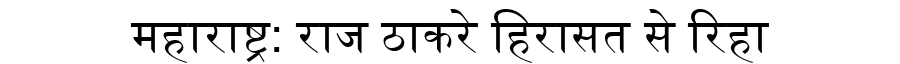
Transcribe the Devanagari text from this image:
महाराष्ट्र: राज ठाकरे हिरासत से रिहा